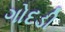
ગોદડી